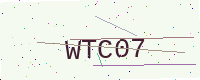
Text: WTC07